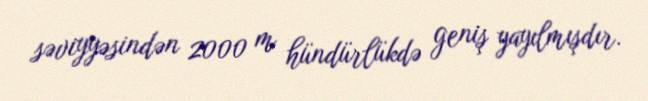
səviyyəsindən 2000 m hündürlükdə geniş yayılmışdır.